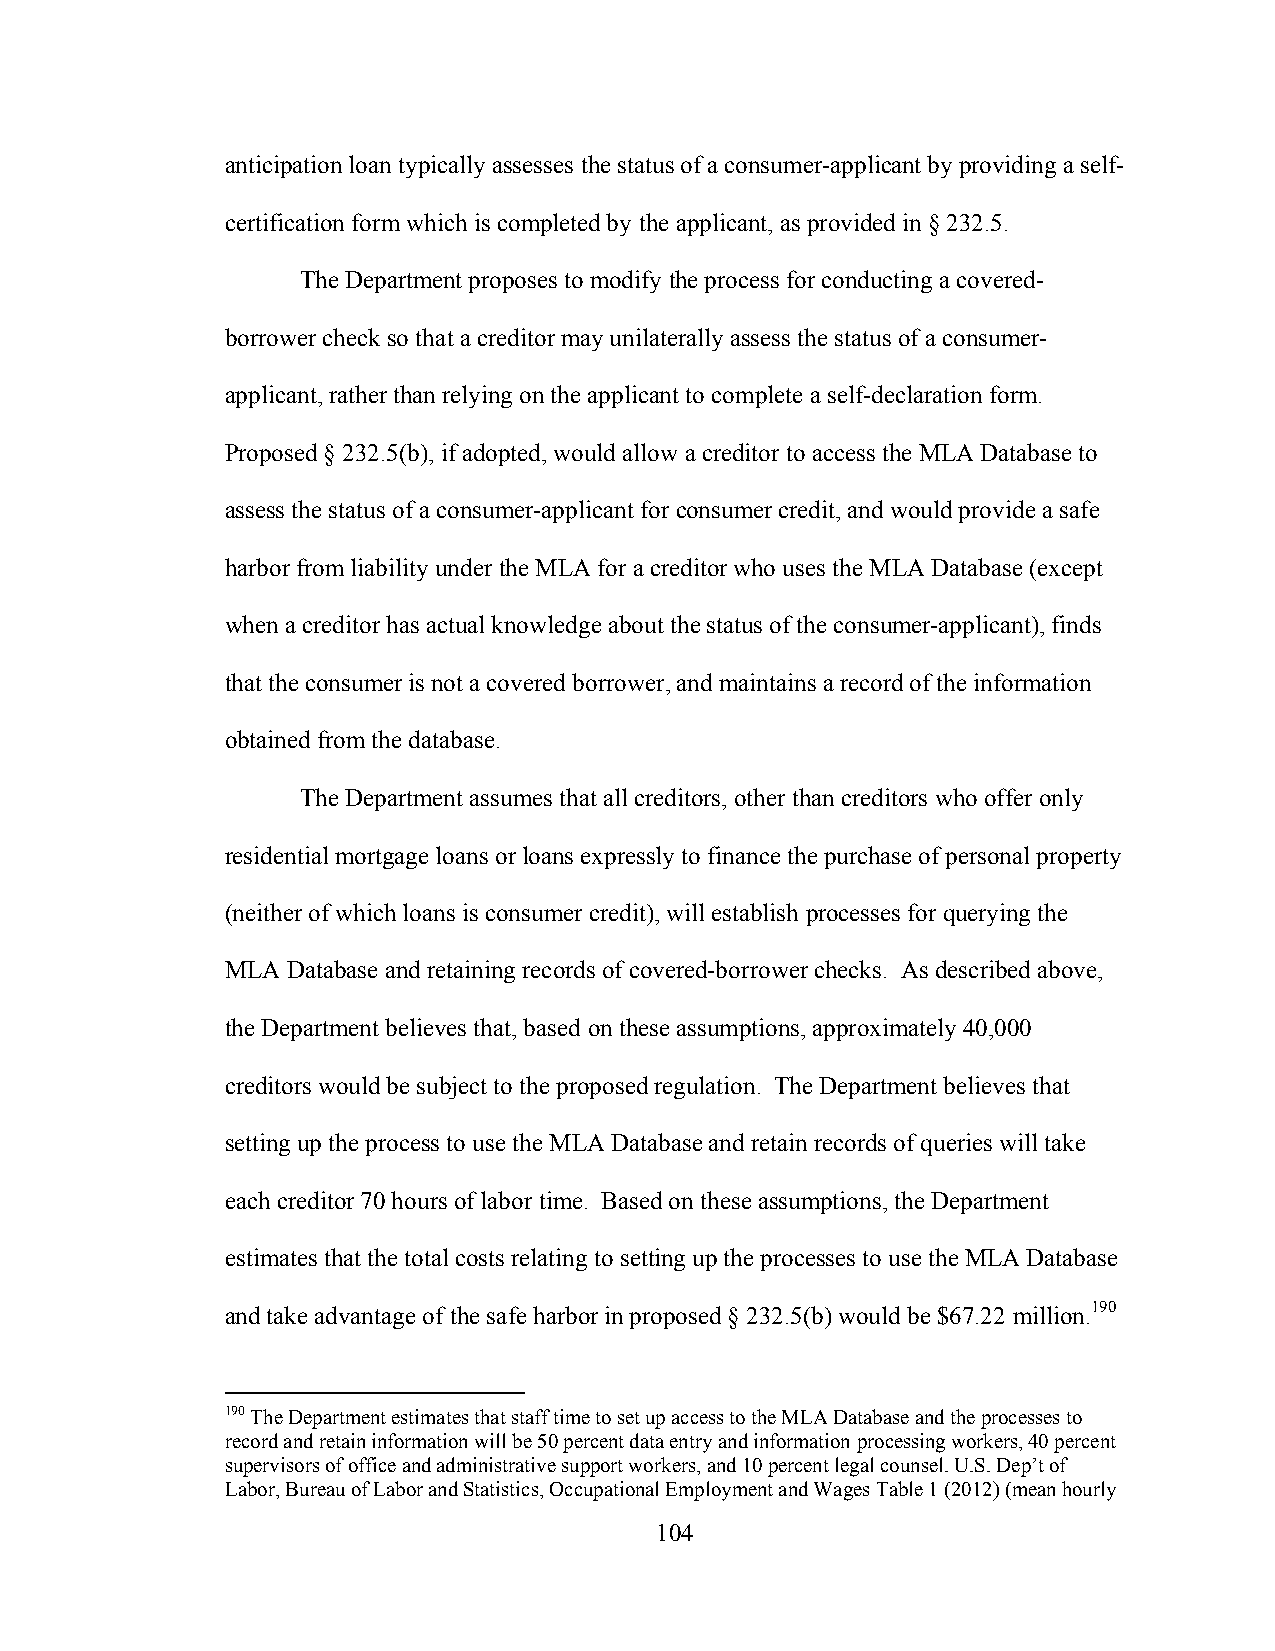
anticipation loan typically assesses the status of a consumer-applicant by providing a self-
 certification form which is completed by the applicant, as provided in § 232.5.
 The Department proposes to modify the process for conducting a covered-
 borrower check so that a creditor may unilaterally assess the status of a consumer-
 applicant, rather than relying on the applicant to complete a self-declaration form.
 Proposed § 232.5(b), if adopted, would allow a creditor to access the MLA Database to
 assess the status of a consumer-applicant for consumer credit, and would provide a safe
 harbor from liability under the MLA for a creditor who uses the MLA Database (except
 when a creditor has actual knowledge about the status of the consumer-applicant), finds
 that the consumer is not a covered borrower, and maintains a record of the information
 obtained from the database.
 The Department assumes that all creditors, other than creditors who offer only
 residential mortgage loans or loans expressly to finance the purchase of personal property
 (neither of which loans is consumer credit), will establish processes for querying the
 MLA Database and retaining records of covered-borrower checks. As described above,
 the Department believes that, based on these assumptions, approximately 40,000
 creditors would be subject to the proposed regulation. The Department believes that
 setting up the process to use the MLA Database and retain records of queries will take
 each creditor 70 hours of labor time. Based on these assumptions, the Department
 estimates that the total costs relating to setting up the processes to use the MLA Database
 and take advantage of the safe harbor in proposed § 232.5(b) would be $67.22 million.190
 190 The Department estimates that staff time to set up access to the MLA Database and the processes to
 record and retain information will be 50 percent data entry and information processing workers, 40 percent
 supervisors of office and administrative support workers, and 10 percent legal counsel. U.S. Dep’t of
 Labor, Bureau of Labor and Statistics, Occupational Employment and Wages Table 1 (2012) (mean hourly
 104